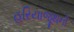
હરિયાજૂથની